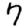
Digit: 7